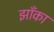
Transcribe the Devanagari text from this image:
झाँका